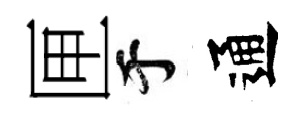
匣于通